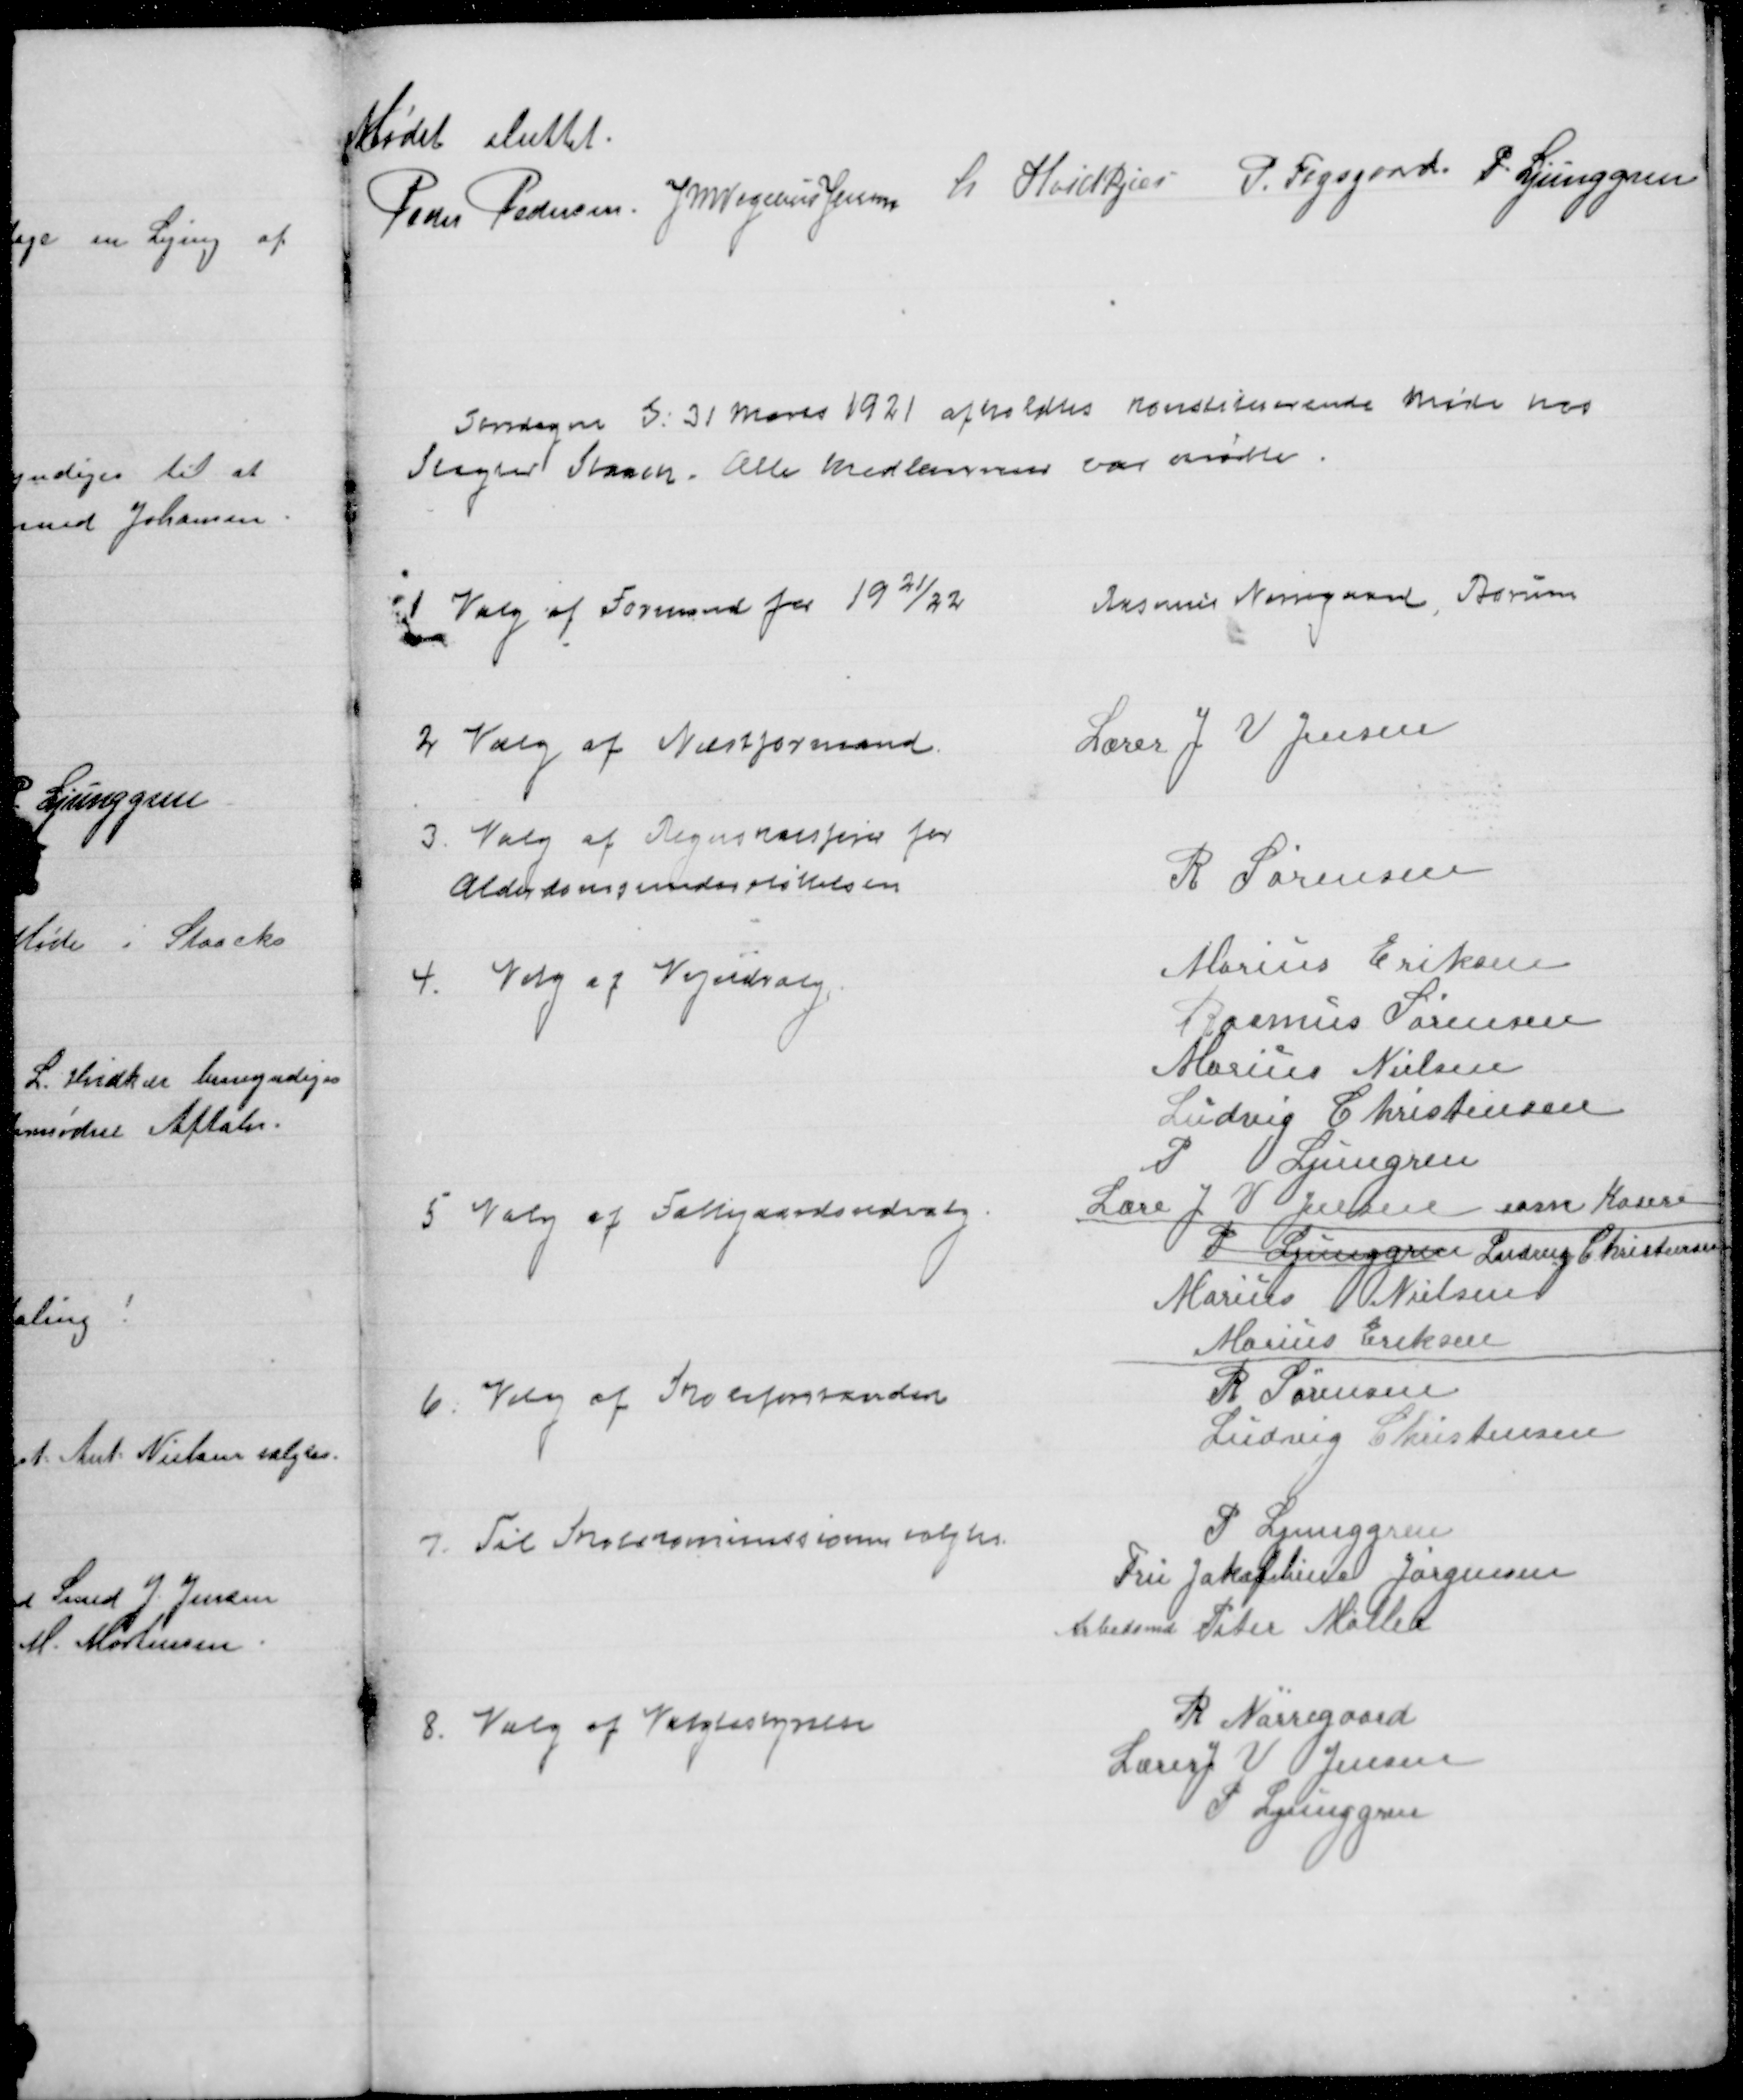
Transskription:
Mødet sluttet.
Peder Pedersen J M Vogelius Jensen L. Hvidkjær P. Fogsgaard P. Ljunggren

Torsdagen d: 31 Marts 1921 afholdtes konstituerende Møde hos
Slagter Staack. Alle Medlemmer var mødte.

1

Valg af Formand for 1921/22

Rasmus Nørregaard, Borum

2

Valg af Næstformand

Lærer J V Jensen

3

Valg af Regnskabsfører for
Alderdomsunderstøttelsen

R Sørensen

4.

Valg af Vejudvalg

Marius Eriksen
Rasmus Sørensen
Marius Nielsen
Ludvig Christensen
P Ljunggren
Lære J V Jensen som Kasere

5

Valg af Fattiggaardsudvalg

P. Ljunggren Ludvig Christensen
Marius Nielsen
Marius Eriksen

6.

Valg af Skoleforstandere

R Sørensen
Ludvig Christensen

7.

Til Skolekommissionen valgtes

P. Ljunggren
Fru Jakobine Jørgensen
Arbedsmd Peter Møller

8

Valg af Valgbestyrelse

R Nørregaard
Lærer J V Jensen
P. Ljunggren